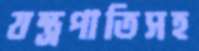
যন্ত্রপাতিসহ